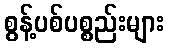
စွန့်ပစ်ပစ္စည်းများ